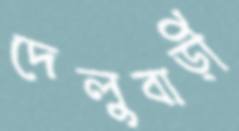
দেলুবাড়ী